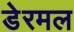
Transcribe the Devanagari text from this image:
डेरमल